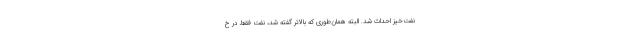
نفت‌خیز احداث شد. البته همان‌طوری که بالاتر گفته شد، نفت فقط در خ